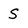
Character: S